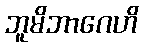
ဘူမိဘာဂေဟိ